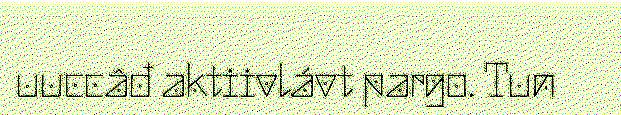
uuccâđ aktiivlávt pargo. Tun